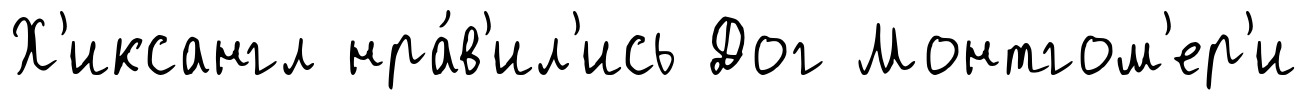
Х'иксангл нра́в'ил'ись Дог Монтгом'ер'и